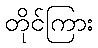
တိုင်ကြား